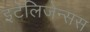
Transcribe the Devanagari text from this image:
इंटेलिजेन्सस